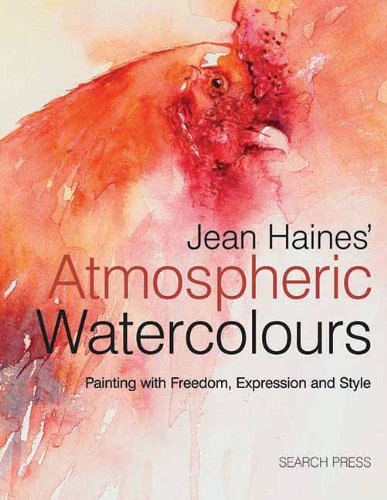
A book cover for Jean Haines' Atmospheric Watercolours: Painting with Freedom, Expression and Style; Jean Haines; Arts & Photography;